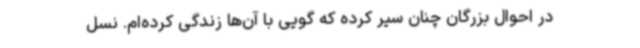
در احوال بزرگان چنان سیر کرده که گویی با آن‌ها زندگی کرده‌ام. نسل